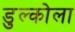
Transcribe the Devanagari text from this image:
डुल्कोला